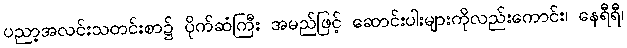
ပညာ့အလင်းသတင်းစာ၌ ပိုက်ဆံကြီး အမည်ဖြင့် ဆောင်းပါးများကိုလည်းကောင်း၊ နေရီရီ၊